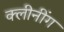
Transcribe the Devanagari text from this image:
क्लीनींग